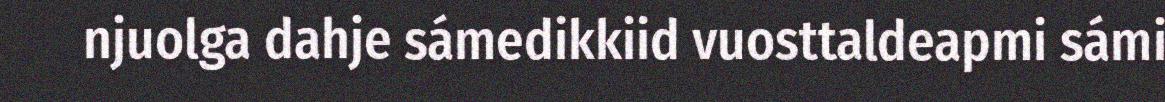
njuolga dahje sámedikkiid vuosttaldeapmi sámi